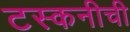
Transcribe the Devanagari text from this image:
टस्कनीची